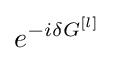
e^{{-i\delta }G^{[l]}}